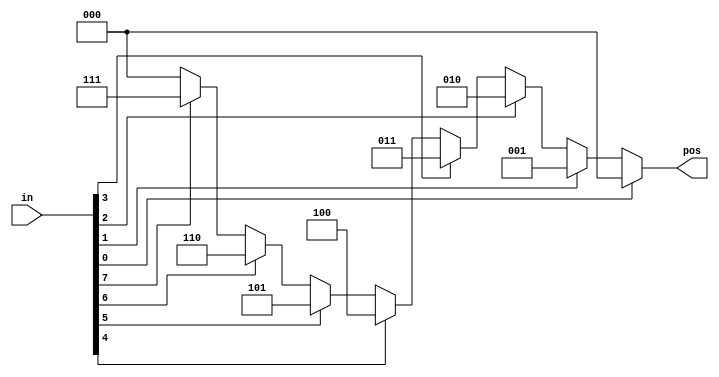
// synthesis verilog_input_version verilog_2001
module top_module (
    input [7:0] in,
    output reg [2:0] pos  );
	
    always @(*) begin
        casez (in)
            8'bzzzz_zzz1: pos = 0;
            8'bzzzz_zz1z: pos = 1;
            8'bzzzz_z1zz: pos = 2;
            8'bzzzz_1zzz: pos = 3;
            8'bzzz1_zzzz: pos = 4;
            8'bzz1z_zzzz: pos = 5;
            8'bz1zz_zzzz: pos = 6;
            8'b1zzz_zzzz: pos = 7;
            default: pos = 0;
        endcase
	end
    
endmodule